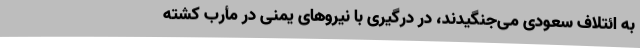
به ائتلاف سعودی می‌جنگیدند، در درگیری با نیروهای یمنی در مأرب کشته